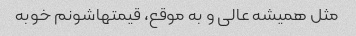
مثل همیشه عالی و به موقع، قیمتهاشونم خوبه